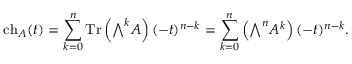
\operatorname { c h } _ { A } ( t ) = \sum _ { k = 0 } ^ { n } \operatorname { T r } \left( { \textstyle \bigwedge } ^ { k } A \right) ( - t ) ^ { n - k } = \sum _ { k = 0 } ^ { n } \left( { \textstyle \bigwedge } ^ { n } A ^ { k } \right) ( - t ) ^ { n - k } .